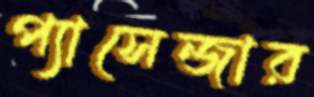
প্যাসেন্জার